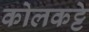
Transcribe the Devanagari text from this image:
कोलकट्टे